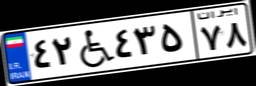
۴۲W۴۳۵۷۸